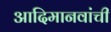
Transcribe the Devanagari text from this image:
आदिमानवांची